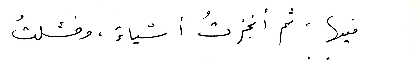
فيها، ثم أنجزتُ أشياءٌ، وفشلتُ